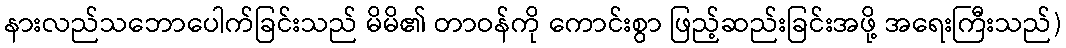
နားလည်သဘောပေါက်ခြင်းသည် မိမိ၏ တာဝန်ကို ကောင်းစွာ ဖြည့်ဆည်းခြင်းအဖို့ အရေးကြီးသည်)